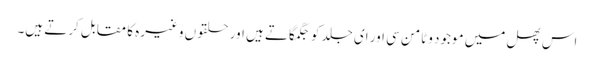
اس پھل میں موجود وٹامن سی اور ای جلد کو جگمگاتے ہیں اور حلقوں وغیرہ کا مقابل کرتے ہیں۔